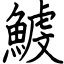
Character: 鰬